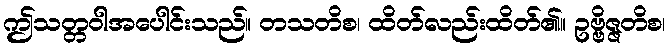
ဤသတ္တဝါအပေါင်းသည်။ တသတိစ၊ ထိတ်လည်းထိတ်၏။ ဥဗ္ဗိဇ္ဇတိစ၊